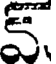
క్